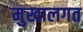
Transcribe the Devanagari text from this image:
मुखालगत